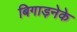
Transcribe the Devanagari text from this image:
बिगाड़नेके